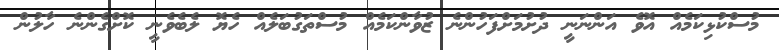
މުސްކުޅިކަމެއް އޮވެ އަންނަނީ ދުށުމަށްފަހުންނެ ޒުވާންކަމެއް މުސްތަގުބަލެއް ހެޔޮ ލެބެވެނީ ކޮށްގެންނެ ހާލުން